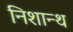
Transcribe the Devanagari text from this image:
निशान्थ